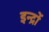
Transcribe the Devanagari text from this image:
इन्द्रों